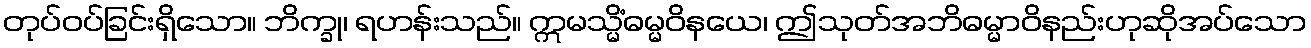
တုပ်ဝပ်ခြင်းရှိသော။ ဘိက္ခု၊ ရဟန်းသည်။ ဣမသ္မိံဓမ္မဝိနယေ၊ ဤသုတ်အဘိဓမ္မာဝိနည်းဟုဆိုအပ်သော